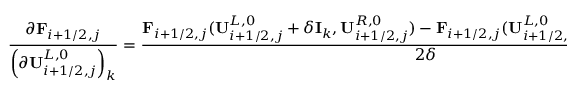
\frac { \partial \mathbf { F } _ { i + 1 / 2 , j } } { \left( \partial \mathbf { U } _ { i + 1 / 2 , j } ^ { L , 0 } \right) _ { k } } = \frac { \mathbf { F } _ { i + 1 / 2 , j } ( \mathbf { U } _ { i + 1 / 2 , j } ^ { L , 0 } + \delta \mathbf { I } _ { k } , \mathbf { U } _ { i + 1 / 2 , j } ^ { R , 0 } ) - \mathbf { F } _ { i + 1 / 2 , j } ( \mathbf { U } _ { i + 1 / 2 , j } ^ { L , 0 } - \delta \mathbf { I } _ { k } , \mathbf { U } _ { i + 1 / 2 , j } ^ { R , 0 } ) } { 2 \delta } ,